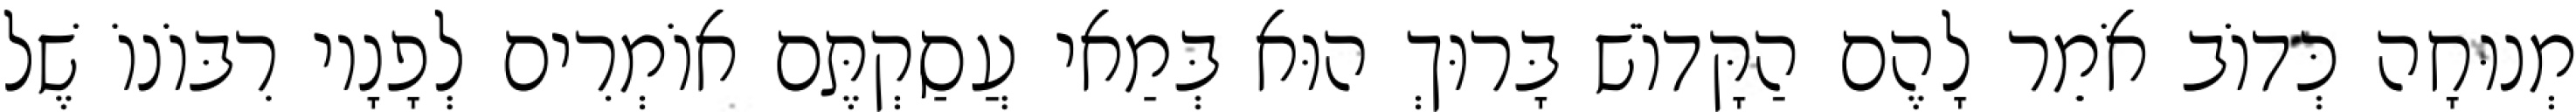
מְנוּחָה כְּדוֹב אֹמֵר לָהֶם הַקָּדוֹשׁ בָּרוּךְ הוּא בְּמַאי עֲסַקְתֶּם אוֹמְרִים לְפָנָיו רִבּוֹנוֹ שֶׁל